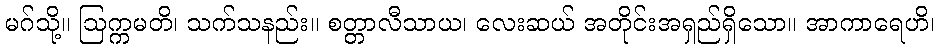
မဂ်သို့။ ဩက္ကမတိ၊ သက်သနည်း။ စတ္တာလီသာယ၊ လေးဆယ် အတိုင်းအရှည်ရှိသော။ အာကာရေဟိ၊